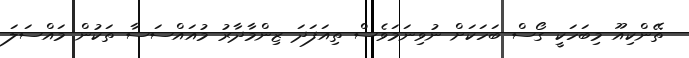
ތޭންކިއޫ މިބަހަކީ ގޯސް ބަހަކަށް ނުވިނަމަވެސް ތިއަފަދަ ޒިންމާދާރު މުއައްސަސާ ތަކުން މައްސަލަ